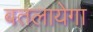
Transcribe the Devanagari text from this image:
बतलायेगा